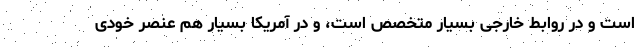
است و در روابط خارجی بسیار متخصص است، و در آمریکا بسیار هم عنصر خودی